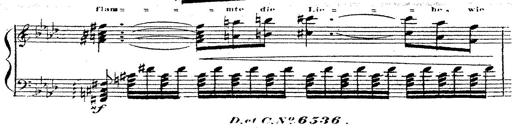
Title: 12 Lieder von Franz Schubert
Composer: Franz Liszt